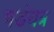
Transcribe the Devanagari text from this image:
षडंयत्र